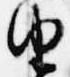
由